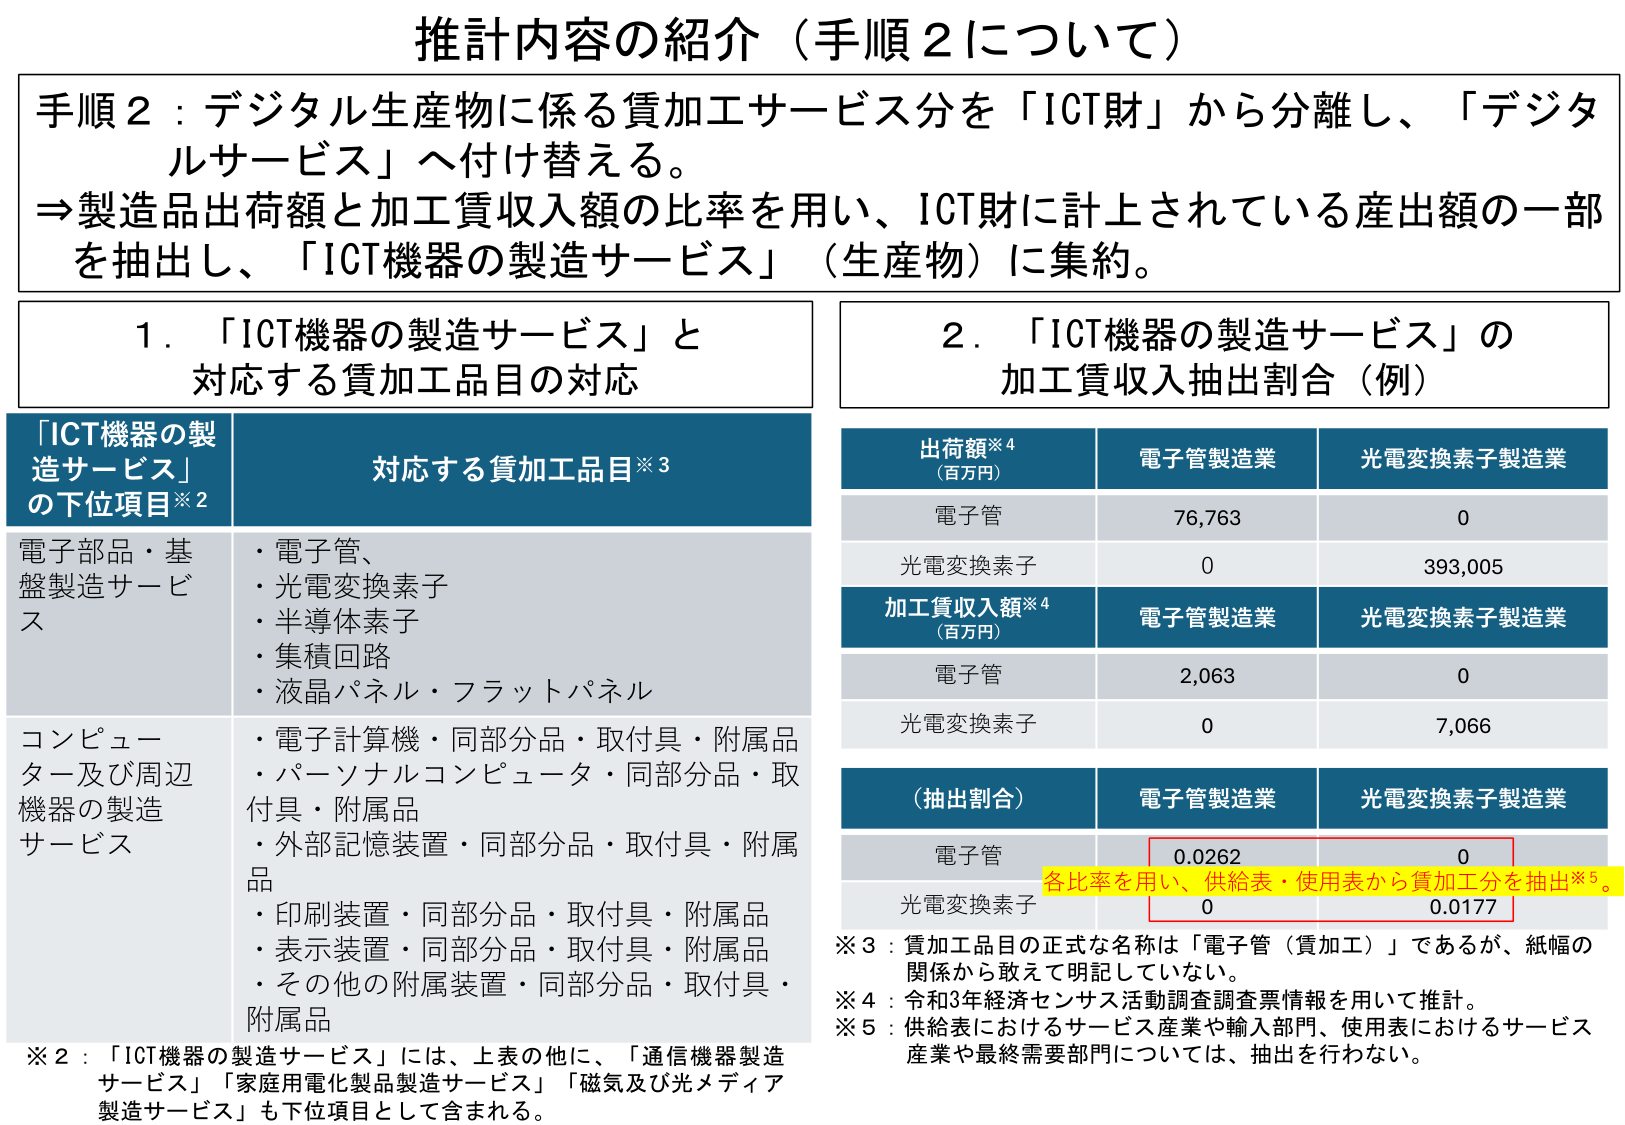
推計内容の紹介（手順２について）

手順２：デジタル生産物に係る賃加工サービス分を「ICT財」から分離し、「デジタルサービス」へ付け替える。
⇒製造品出荷額と加工賃収入額の比率を用い、ICT財に計上されている産出額の一部を抽出し、「ICT機器の製造サービス」（生産物）に集約。

１．「ICT機器の製造サービス」と対応する賃加工品目の対応

「ICT機器の製造サービス」の下位項目※2　　　　　　　対応する賃加工品目※3

電子部品・基盤製造サービス
・電子管、
・光電変換素子
・半導体素子
・集積回路
・液晶パネル・フラットパネル

コンピュータ及び周辺機器の製造サービス
・電子計算機・同部分品・取付具・附属品
・パーソナルコンピュータ・同部分品・取付具・附属品
・外部記憶装置・同部分品・取付具・附属品
・印刷装置・同部分品・取付具・附属品
・表示装置・同部分品・取付具・附属品
・その他の附属装置・同部分品・取付具・附属品

※2：「ICT機器の製造サービス」には、上表の他に、「通信機器製造サービス」「家庭用電化製品製造サービス」「磁気及び光メディア製造サービス」も下位項目として含まれる。

２．「ICT機器の製造サービス」の加工賃収入抽出割合（例）

出荷額※4（百万円）　　　　　電子管製造業　　　　　光電変換素子製造業
電子管　　　　　　　　　　　76,763　　　　　　　　0
光電変換素子　　　　　　　　0　　　　　　　　　　393,005

加工賃収入額※4（百万円）　　電子管製造業　　　　　光電変換素子製造業
電子管　　　　　　　　　　　2,063　　　　　　　　0
光電変換素子　　　　　　　　0　　　　　　　　　　7,066

（抽出割合）　　　　　　　　電子管製造業　　　　　光電変換素子製造業
電子管　　　　　　　　　　　0.0262　　　　　　　　0
光電変換素子　　　　　　　　0　　　　　　　　　　0.0177

各比率を用い、供給表・使用表から賃加工分を抽出※5。

※3：賃加工品目の正式な名称は「電子管（賃加工）」であるが、紙幅の関係から敢えて明記していない。
※4：令和3年経済センサス活動調査調査票情報を用いて推計。
※5：供給表におけるサービス産業や輸入部門、使用表におけるサービス産業や最終需要部門については、抽出を行わない。